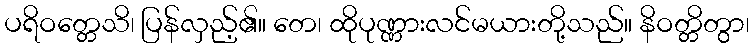
ပရိဝတ္တေသိ၊ ပြန်လှည့်၏။ တေ၊ ထိုပုဏ္ဏားလင်မယားတို့သည်။ နိဝတ္တိတွာ၊